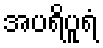
အပရိပူရံ